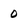
Character: 0